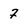
Character: 7